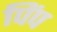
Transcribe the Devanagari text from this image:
पिंप